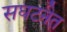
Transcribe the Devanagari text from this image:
सघटनेत